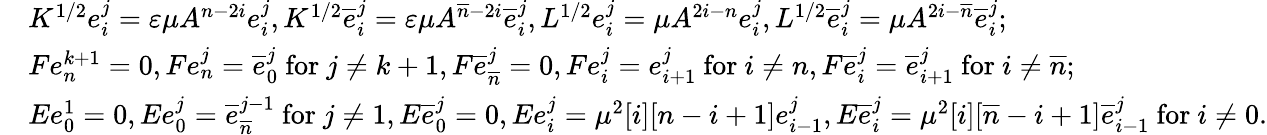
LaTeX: \begin{array}{rl}&{K^{1/2}e_{i}^{j}=\varepsilon\mu A^{n-2i}e_{i}^{j},K^{1/2}\overline{{e}}_{i}^{j}=\varepsilon\mu A^{\overline{{n}}-2i}\overline{{e}}_{i}^{j},L^{1/2}e_{i}^{j}=\mu A^{2i-n}e_{i}^{j},L^{1/2}\overline{{e}}_{i}^{j}=\mu A^{2i-\overline{{n}}}\overline{{e}}_{i}^{j};}\\ &{Fe_{n}^{k+1}=0,Fe_{n}^{j}=\overline{{e}}_{0}^{j}\mathrm{~for~}j\neq k+1,F\overline{{e}}_{\overline{{n}}}^{j}=0,Fe_{i}^{j}=e_{i+1}^{j}\mathrm{~for~}i\neq n,F\overline{{e}}_{i}^{j}=\overline{{e}}_{i+1}^{j}\mathrm{~for~}i\neq\overline{{n}};}\\ &{Ee_{0}^{1}=0,Ee_{0}^{j}=\overline{{e}}_{\overline{{n}}}^{j-1}\mathrm{~for~}j\neq 1,E\overline{{e}}_{0}^{j}=0,Ee_{i}^{j}=\mu^{2}[i][n-i+1]e_{i-1}^{j},E\overline{{e}}_{i}^{j}=\mu^{2}[i][\overline{{n}}-i+1]\overline{{e}}_{i-1}^{j}\mathrm{~for~}i\neq 0.}\end{array}